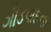
ગૌડપાદના